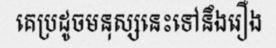
គេប្រដូចមនុស្សនេះទៅនឹងរឿង